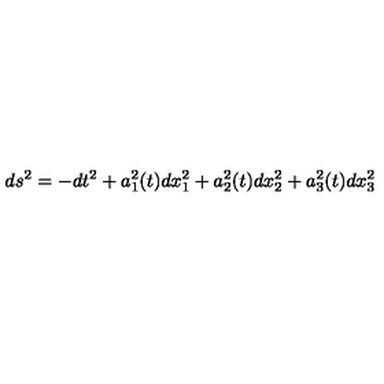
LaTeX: d s ^ { 2 } = - d t ^ { 2 } + a _ { 1 } ^ { 2 } ( t ) d x _ { 1 } ^ { 2 } + a _ { 2 } ^ { 2 } ( t ) d x _ { 2 } ^ { 2 } + a _ { 3 } ^ { 2 } ( t ) d x _ { 3 } ^ { 2 }